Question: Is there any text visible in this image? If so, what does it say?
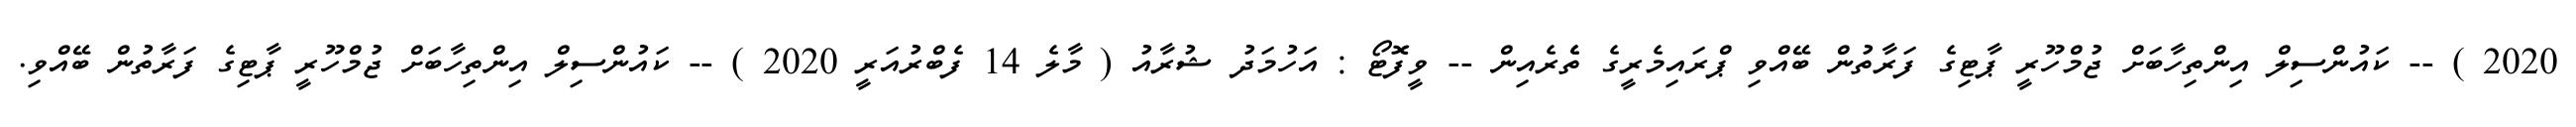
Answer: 2020 ) -- ކައުންސިލް އިންތިހާބަށް ޖުމްހޫރީ ޕާޓިގެ ފަރާތުން ބޭއްވި ޕްރައިމެރީގެ ތެެރެއިން -- ވީފޮޓޯ : އަހުމަދު ޝުރާއު ( މާލެ 14 ފެބްރުއަރީ 2020 ) -- ކައުންސިލް އިންތިހާބަށް ޖުމްހޫރީ ޕާޓިގެ ފަރާތުން ބޭއްވި.